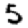
Digit: 5